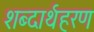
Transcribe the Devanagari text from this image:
शब्दार्थहरण